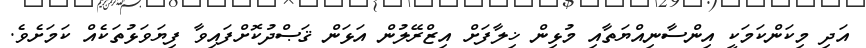
އަދި މިކަންކަމަކީ އިންސާނިއްޔަތާއި މުޅިން ޚިލާފަށް އިޒްރޭލުން އަޅަން ޤަޞްދުކޮށްފައިވާ ފިޔަވަޅުތަކެއް ކަމަށެވެ.